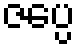
ဇပ္ပေ